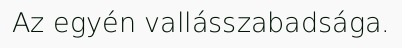
Az egyén vallásszabadsága.